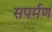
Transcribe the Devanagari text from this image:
सपर्मण